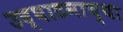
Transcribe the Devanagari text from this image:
उद्घाटनाच्या